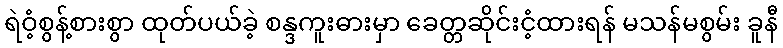
ရဲဝံ့စွန့်စားစွာ ထုတ်ပယ်ခဲ့ စန္ဒကူးဓားမှာ ခေတ္တဆိုင်းငံ့ထားရန် မသန်မစွမ်း ခူနီ